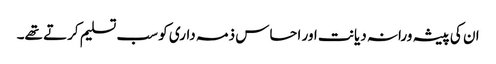
ان کی پیشہ ورانہ دیانت اور احساس ذمہ داری کو سب تسلیم کرتے تھے۔